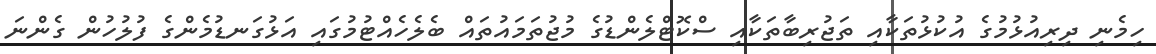
ހިމެނި ދިރިއުޅުމުގެ އުކުޅުތަކާއި ތަޖުރިބާތަކާއި ސްކޮޓްލެންޑުގެ މުޖުތަމައުތައް ބެލެހެއްޓުމުގައި އަޅުގަނޑުމެންގެ ފުލުހުން ގެންނަ